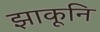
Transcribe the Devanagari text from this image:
झाकूनि